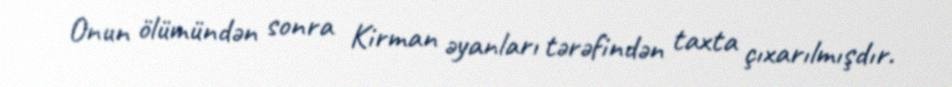
Onun ölümündən sonra Kirman əyanları tərəfindən taxta çıxarılmışdır.